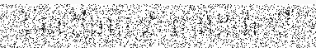
មេន ភីហុប ជា ចាន់ដារ៉ា យី